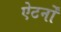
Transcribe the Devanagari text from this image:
ऐटर्नों